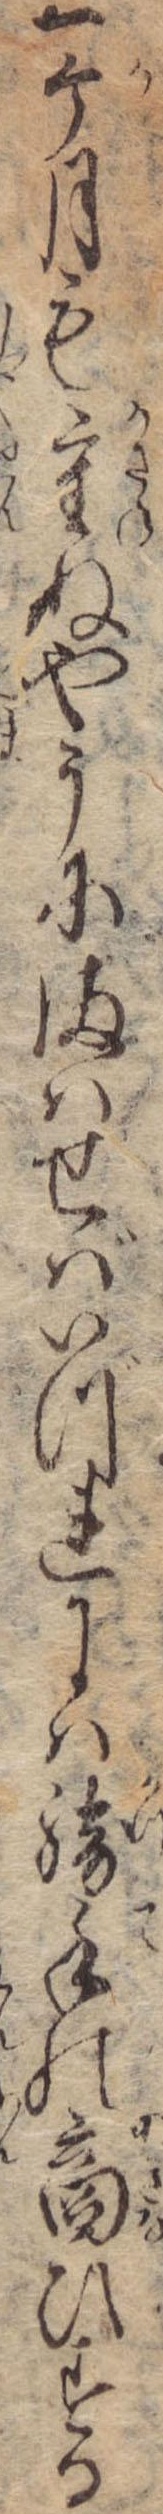
一ケ月も重ぬやうにまはせばいづれには勝手の商ひする